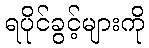
ရပိုင်ခွင့်များကို